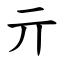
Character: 亓